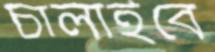
চালাইবে